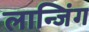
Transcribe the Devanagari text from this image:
लान्जिंग